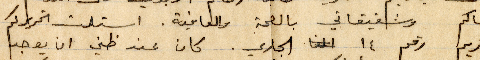
عساكم وشقيقاتي الصحة والعافية. استلمت تحريركم